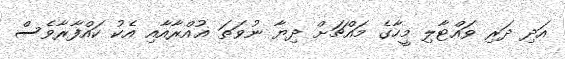
އަދި ދަރި ވައްޓާލި މީހާގެ މައްޗަށް ދިޔާ ނުވަތަ ޣުއްރާއާއި އެކު ކައްފާރާވެސް